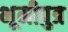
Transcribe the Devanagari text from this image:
भूमीपुत्र